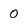
Character: O